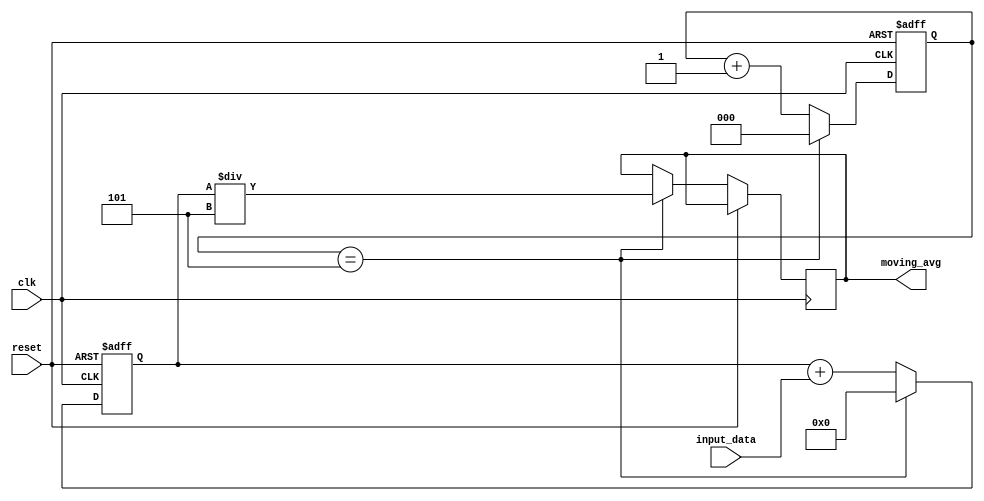
module moving_average_accumulator (
    input clk,
    input reset,
    input [7:0] input_data,
    output reg [7:0] moving_avg
);

reg [7:0] sum;
reg [2:0] counter;

always @(posedge clk or posedge reset) begin
    if (reset) begin
        sum <= 8'd0;
        counter <= 3'd0;
    end else begin
        sum <= sum + input_data;
        counter <= counter + 1;
        
        if (counter == 3'd5) begin
            moving_avg <= sum / 3'd5;
            sum <= 8'd0;
            counter <= 3'd0;
        end
    end
end

endmodule